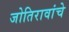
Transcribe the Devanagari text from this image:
जोतिरावांचे